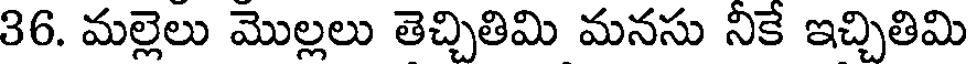
36. మల్లెలు మొల్లలు తెచ్చితిమి మనసు నీకే ఇచ్చితిమి